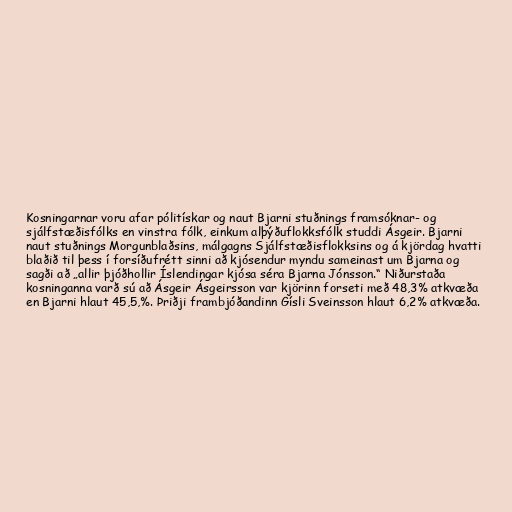
Kosningarnar voru afar pólitískar og naut Bjarni stuðnings framsóknar- og
sjálfstæðisfólks en vinstra fólk, einkum alþýðuflokksfólk studdi Ásgeir. Bjarni
naut stuðnings Morgunblaðsins, málgagns Sjálfstæðisflokksins og á kjördag hvatti
blaðið til þess í forsíðufrétt sinni að kjósendur myndu sameinast um Bjarna og
sagði að „allir þjóðhollir Íslendingar kjósa séra Bjarna Jónsson.“ Niðurstaða
kosninganna varð sú að Ásgeir Ásgeirsson var kjörinn forseti með 48,3% atkvæða
en Bjarni hlaut 45,5,%. Þriðji frambjóðandinn Gísli Sveinsson hlaut 6,2% atkvæða.